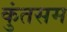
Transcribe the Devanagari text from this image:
कुंतसम